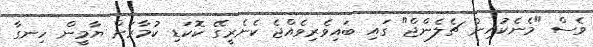
ވެސް "މެނެކުއިން ޗެލެންޖް" ގައި ބައިވެރިވެއްޖެ ކެނެރީގޭ ކޮކަޑި ކުމާރަށް ޔާމީން ހިނގާ